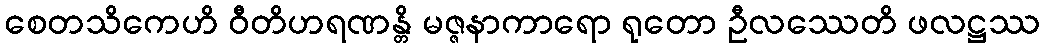
စေတသိကေဟိ ဝီတိဟရဏန္တိ မဇ္ဇနာကာရော ရုတော ဦလဿေတိ ဖလဋ္ဌဿ